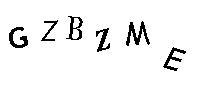
GZBZME